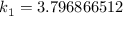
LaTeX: k _ { 1 } = 3 . 7 9 6 8 6 6 5 1 2